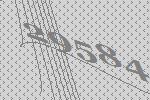
29584